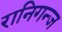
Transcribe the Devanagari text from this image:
रानिगन्ज